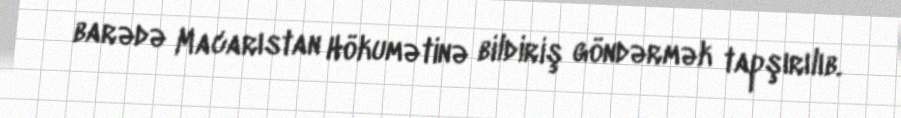
barədə Macarıstan Hökumətinə bildiriş göndərmək tapşırılıb.